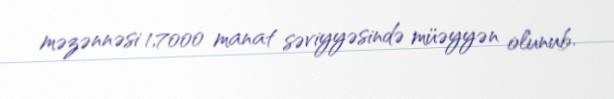
məzənnəsi 1,7000 manat səviyyəsində müəyyən olunub.